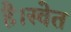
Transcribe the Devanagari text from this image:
है।स्वेत